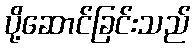
ပို့ဆောင်ခြင်းသည်